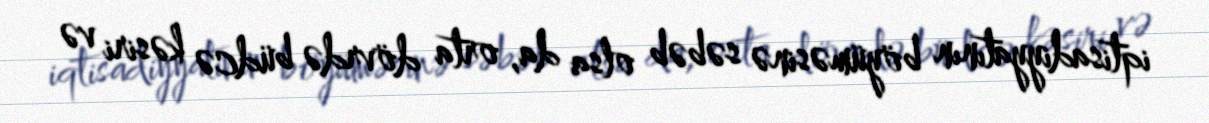
iqtisadiyyatının böyüməsinə səbəb olsa da, orta dövrdə büdcə kəsiri və